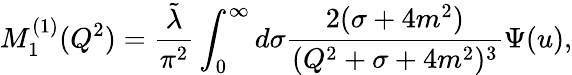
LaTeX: M_{1}^{(1)}(Q^{2})=\frac{\tilde{\lambda}}{\pi^{2}}\int_{0}^{\infty}d\sigma\frac{2(\sigma+4m^{2})}{(Q^{2}+\sigma+4m^{2})^{3}}\Psi(u),